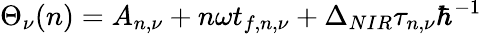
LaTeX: \Theta_{\nu}(n)=A_{n,\nu}+n\omega t_{f,n,\nu}+\Delta_{NIR}\tau_{n,\nu}\hbar^{-1}